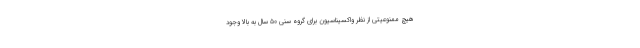
هیچ ممنوعیتی از نظر واکسیناسیون برای گروه سنی ۵۰ سال به بالا وجود